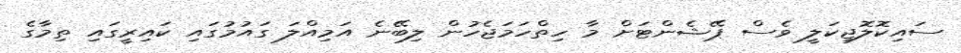
ސައިކޮލޮޖިކަލީ ވެސް ޕޭޝެންޓަށް މާ ހިތްހަމަޖެހުން ލިބޭނެ އަމިއްލަ ގައުމުގައި ކައިރީގައި ތިމާގެ